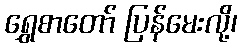
ရွှေစာတော် ပြန်မေးလို့၊